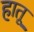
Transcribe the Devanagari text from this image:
हातू